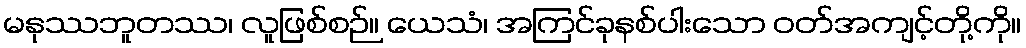
မနုဿဘူတဿ၊ လူဖြစ်စဉ်။ ယေသံ၊ အကြင်ခုနစ်ပါးသော ဝတ်အကျင့်တို့ကို။